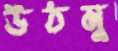
উঠমু